King Institute of Preventive Medicine Micro-Biological Section reports 1909-11
Year: 1909
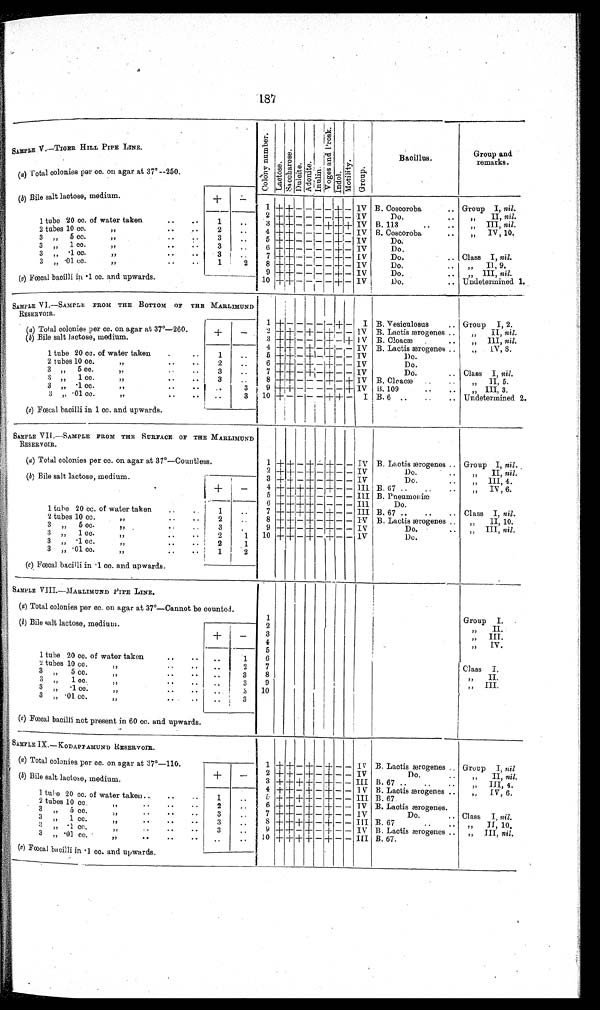
187
SAMPLE V.—TIGER HILL PIPE LINE.
C o l o n y .
L a c t o s e .
S a c c h a r o s e
D u l c i t e .
A d o n i t e .
I n u l i n .
V o g e s a n d P r o s k .
I n d o l .
M o t i l i t y .
G r o u p
Bacillus.
Group and
remarks.
(a) Total colonies per cc. on agar at 37°—250.
(b) Bile salt lactose, medium.
+ -
Group I, nil.
1 +
+ - -
_
- + -
IV B. Coscoroba
..
„
II, nil.
Do.
..
1 tube 20 cc. of water taken
..
. .
1
. .
2
+ + — — _ _ + _ IV
III, nil.
3 + + - - - + + + IV B. 113
„
IV, 10.
2
..
2 tubes 10 00.
,,
. .
4
+ + - - - - + - IV B. Coscoroba,
..
3
. .
3 „
5 cc.
,,
, , .
Do.
5
+ + - - - - + - IV
3
. .
Do.
3 „
1 cc
,,
. .
6
+ + - - - - + - IV
Class I, nil.
3
. . .
3 „ .1 cc.
,,
. .
Do.
..
7
+ + - - - - + - IV
1
2
II, 9.
Do.
3 „ .01 cc.
,, ..
8
+ + - - - - + - IV
Do.
..
,, III, nil.
9
+
+
- - - - - - -
-- + - IV
______
(c) Fœcal bacilli in .1 cc. and upwards.
Undetermined 1.
Do.
..
10
+ + - - - - + - IV
SAMPLE VI .—SAMPLE FROM THE BOTTOM OF THE MARLIMUN
RESERVOIR.
1
+
-
- - -
-
+ - I B. Vesiculosus
.. Group I, 2.
(a) Total colonies per cc. on agar at 37°—260.
+ -
„
II, nil.
2 + + - + - + - - IV B. Lactis ærogenes ..
,, III, nil.
(b) Bile salt lactose, medium.
3 +
+
- - - + - + IV B. Cloacæ
. .
. . . .
„
I V , 8 .
B. Lactis ærogenes ..
4
+ + - + - —
+
- - IV
1 tube 20 cc. of water taken
.
.
1
..
5 + +
- + - + - - IV
Do.
2 tubes 10 cc.
,,
..
. .
Do.
2
6
+ +
- + - + - - TV
.
3
5 cc.
,.
..
..
3
..
7 + + - + - + - - IV
Do.
.. Claes I, nil.
3
..
8 + + - - - + - + IV B. Cloacæ
..
„
II, 5.
„
1 cc.
..
..
B. 109
, ,
I I I , 3 .
9
+ +
- - - - - + IV
3 „ .1 cc.
.. ..
..
. .
3
B. 6 ..
..
.. Undetermined 2.
1 0 +
-
-
-
- + + — I
3 „ .01 cc.
,,
3
. .
(c) Fœcal bacilli in 1 cc. and upwards.
SAMPLE VII .—SAMPLE FROM THE SURFACE OF THE MARLIMUND
RESERVOIR.
1 + + - + - + - - IV B. Lactis ærogenes .. Group I, n i l . .
(a) Total colonies per cc. on agar at 37°—Countless.
Do.
..
„
II, nil.
2 + +
- + - + - - IV
(b) Bile salt lactose, medium.
+
-
„ III, 4.
Do.
..
3 + + - + - + - - IV
„
IV, 6.
B.67 ..
..
4
+ + +
++ - + - - III
5 + + + + - - - - IlI B. Pneumoniæ
Do.
6 + + + + - - - - III
1 tube 20 cc. of water taken
. .
1
..
Class I, nil.
B. 67 ..
..
-
7 + + + + - + - - III
„
II, 10.
..
B. Lactis ærogenes ..
2
2 tubes 10 cc.
..
..
8 + + - + - + - - IV
„ III, nil.
Do.
..
3
.
9
+ + — + — + - - IV
3 „
5 cc.
,, .
..
3 „
1cc
72
2
1
Do.
10
+
+
- -
+ — + -
-
IV
1
3 „ .1 cc.
1 ,
3 „ .01 cc.
,,
..
-
2
.
(c) Fœcal bacilli in .1 cc. and upwards.
SAMPLE VIII.—MARLIMUND PIPE LINE.
1
Group I.
(a) Total colonies per cc. on agar at 37°—Cannot be counted.
(b) Bile salt lactose, medium.
+
-
2
,,
Ii.
3
,,
III.
,,
IV.
1
I
5
1 tube 20 cc. of water taken
..
..
. .
1
6
Class I.
7
2 tubes 10 cc
,,
-
,,.
. .
8
,,
II.
3
, , 5 cc
,,
..
. .
3
. .
9
„ III.
3
, , 1 oc
, ,
..
3
3
, , .1 cc.
,,
..
. .
10
. .
3 „ .01 cc.
, ,
. .
. .
..
3
(a) Fœcal bacilli not present in 60 cc. and upwards.
SAMPLE IX.— KODAPPAMUND RESERVOIR.
1 + + - + - + - - IV B. Lactis ærogenes .. Group I, nil
(a) Total colonies per cc. on agar at 37°—110.
+
–
Do.
. .
2 + + - + - + - - IV
,,
II, nil.
(b) Bile salt lactose, medium.
3 + + + + - + - - III
„
III, 4 .
B. 67 ..
..
..
4
+ + - + - + – - IV
IV, 6.
B. Lactis ærogenes ..
1 tube 20 cc. of water taken -
..
1
..
5 + + + + - + - - III B. 67
2 tubes 10 cc.
„
.
6 + + -
+ - + - - IV B. Lactis ærogenes.
..
2
Do.
..
3 ,
5 cc.
,,
. .
. .
7
+ + - + - + - - IV
Class I, nil.
3
..
8
+ + + + - + - - III B. 67
..
..
„
II, 10,
3 ,,
1 cc
..
,,
..
. -
3
. . .
,,3 ,, .1 cc
..
..
3
. .
9 + + —
+ — + — —
I V B. Lactis ærogenes ..
„ III, nil.
3 „ .01 cc ,,
..
.
.
10 + + + + - + - -
I I I B. 67.
( c ) Fœcal bacilli in .1 cc. and upwards.